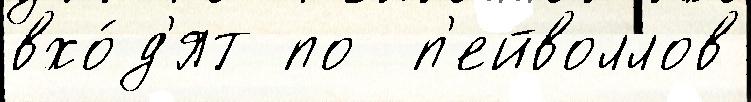
вхо́д'ят по  п'ейволлов